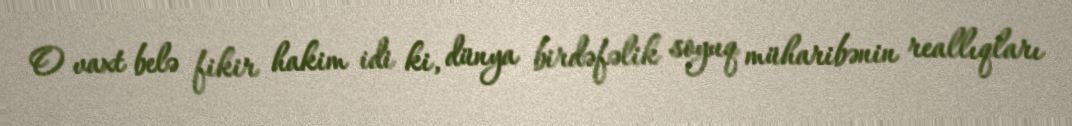
O vaxt belə fikir hakim idi ki, dünya birdəfəlik soyuq müharibənin reallıqları